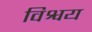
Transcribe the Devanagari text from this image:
विश्वय